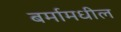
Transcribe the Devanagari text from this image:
बर्मामधील